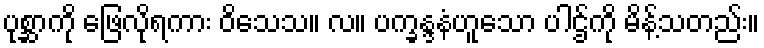
ပုစ္ဆာကို ဖြေလိုရကား ဝိသေသ။ လ။ ပက္ခန္ဒနံဟူသော ပါဌ်ကို မိန့်သတည်း။